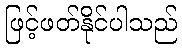
ဖြင့်ဖတ်နိုင်ပါသည်